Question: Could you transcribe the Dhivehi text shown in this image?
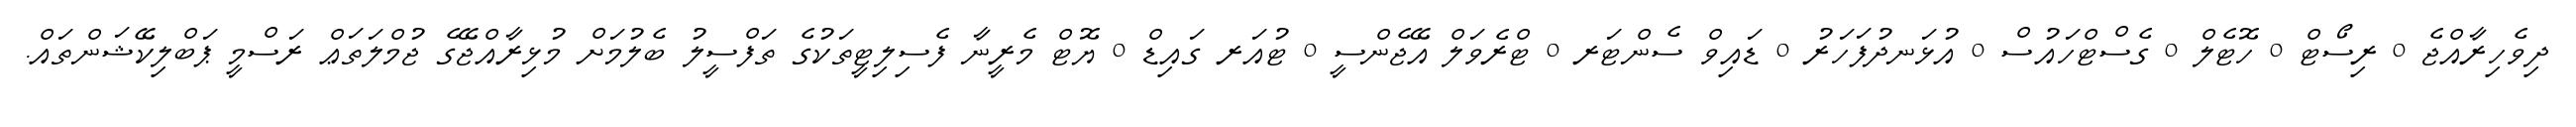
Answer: ދިވެހިރާއްޖެ 0 ރިސޯޓް 0 ހޮޓެލް 0 ގެސްޓްހައުސް 0 އުޅަނދުފަހަރު 0 ޑައިވް ސެންޓަރ 0 ޓްރެވަލް އޭޖެންސީ 0 ޓުއަރ ގައިޑް 0 ޔޮޓް މެރީނާ ފެސިލިޓީތަކުގެ ތަފްސީލު ބެލުމަށް މުޅިރާއްޖޭގެ ޖުމްލަތަޢް ރަސްމީ ޕަބްލިކޭޝަންތައް.